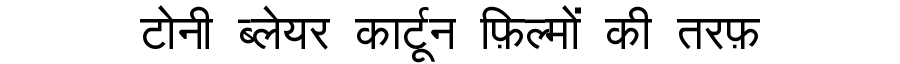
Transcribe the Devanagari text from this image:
टोनी ब्लेयर कार्टून फ़िल्मों की तरफ़